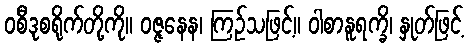
ဝစီဒုစရိုက်တို့ကို။ ဝဇ္ဇနေန၊ ကြဉ်သဖြင့်။ ဝါစာနူရက္ခိ၊ နှုတ်ဖြင့်